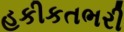
હકીકતભરી